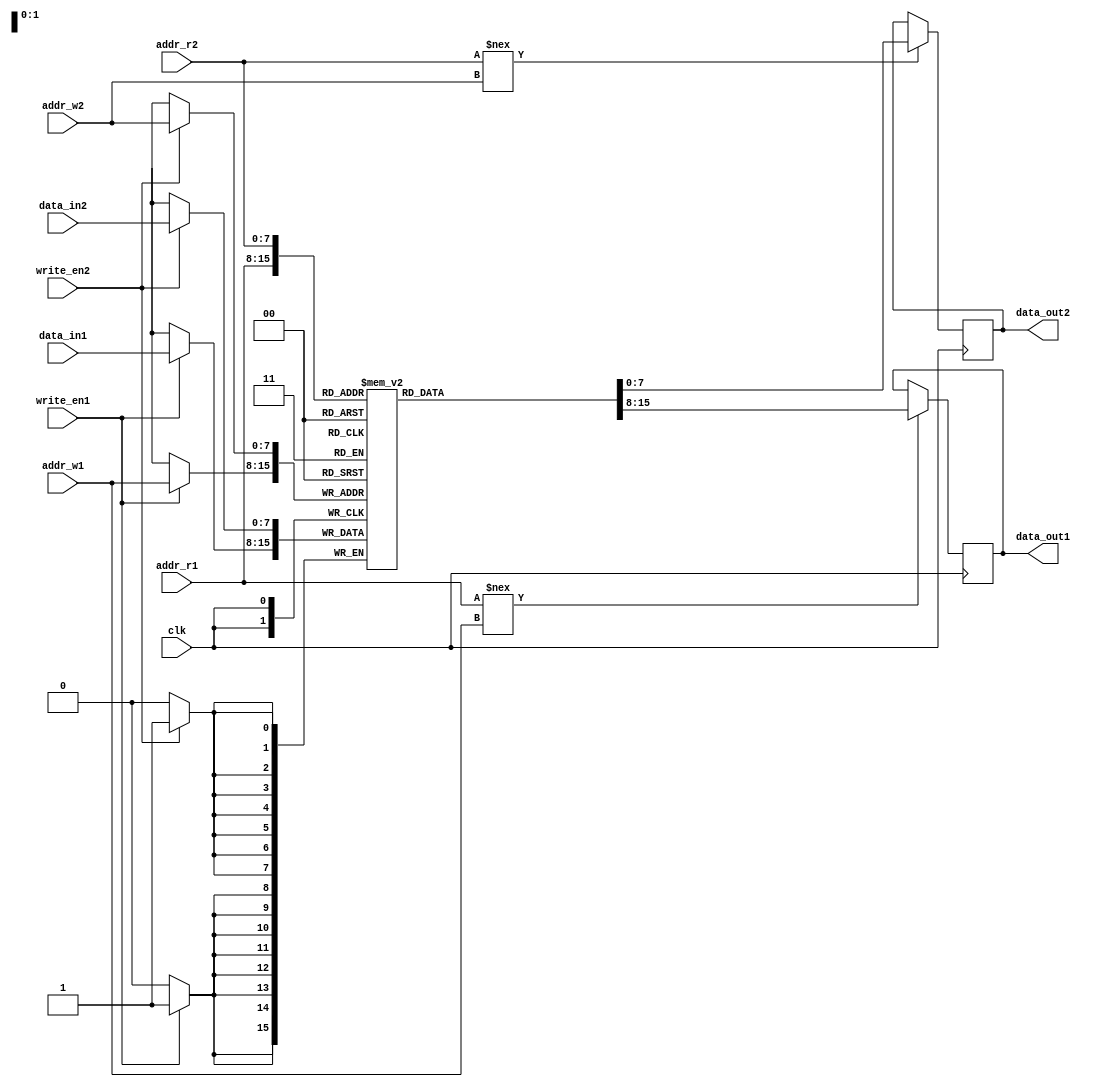
module DualPort_RAM (
  input wire clk,
  input wire [7:0] addr_r1,
  input wire [7:0] addr_w1,
  input wire [7:0] data_in1,
  input wire write_en1,
  output reg [7:0] data_out1,
  input wire [7:0] addr_r2,
  input wire [7:0] addr_w2,
  input wire [7:0] data_in2,
  input wire write_en2,
  output reg [7:0] data_out2
);

reg [7:0] memory [255:0];

always @(posedge clk) begin
  if(write_en1) begin
    memory[addr_w1] <= data_in1;
  end
  if(addr_r1 !== addr_w1) begin
    data_out1 <= memory[addr_r1];
  end
end

always @(posedge clk) begin
  if(write_en2) begin
    memory[addr_w2] <= data_in2;
  end
  if(addr_r2 !== addr_w2) begin
    data_out2 <= memory[addr_r2];
  end
end

endmodule